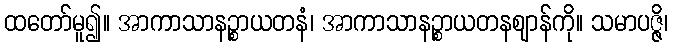
ထတော်မူ၍။ အာကာသာနဉ္စာယတနံ၊ အာကာသာနဉ္စာယတနဈာန်ကို။ သမာပဇ္ဇိ၊